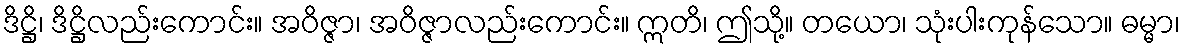
ဒိဋ္ဌိ၊ ဒိဋ္ဌိလည်းကောင်း။ အဝိဇ္ဇာ၊ အဝိဇ္ဇာလည်းကောင်း။ ဣတိ၊ ဤသို့။ တယော၊ သုံးပါးကုန်သော။ ဓမ္မာ၊